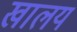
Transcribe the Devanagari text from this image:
खालय